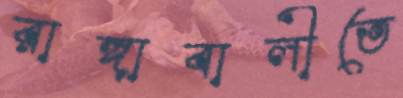
রাঙ্গাবালীতে